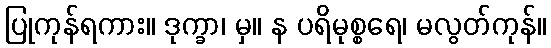
ပြုကုန်ရကား။ ဒုက္ခာ၊ မှ။ န ပရိမုစ္စရေ၊ မလွတ်ကုန်။